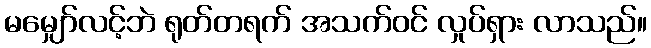
မမျှော်လင့်ဘဲ ရုတ်တရက် အသက်ဝင် လှုပ်ရှား လာသည်။